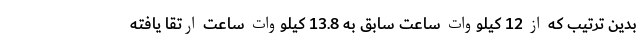
بدین ترتیب که از 12 کیلووات ساعت سابق به 13.8 کیلووات ساعت ارتقا یافته